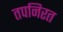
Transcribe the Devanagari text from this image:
तपनिरत